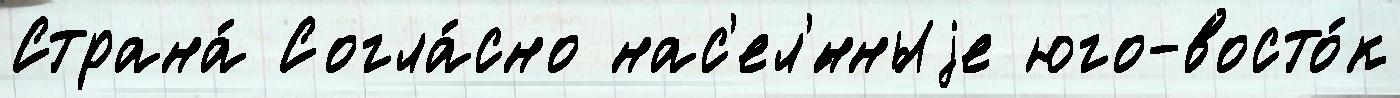
Страна́ Согла́сно нас'ел'́нныjе юго-восто́к